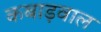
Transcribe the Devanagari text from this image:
कबाड़वाल